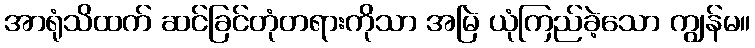
အာရုံသိထက် ဆင်ခြင်တုံတရားကိုသာ အမြဲ ယုံကြည်ခဲ့သော ကျွန်မ။